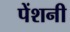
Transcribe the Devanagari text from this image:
पेंशनी